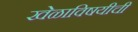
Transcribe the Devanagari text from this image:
खेळाविषयीची